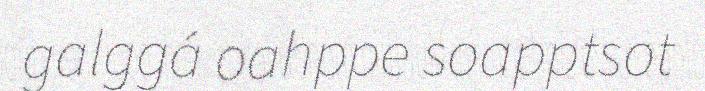
galggá oahppe soapptsot